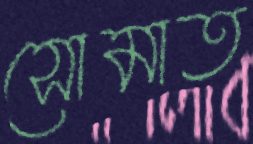
সোমাত